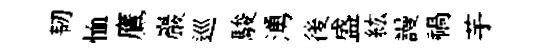
韧恤鷹巖巡駿湧後盛紘謾禍芋